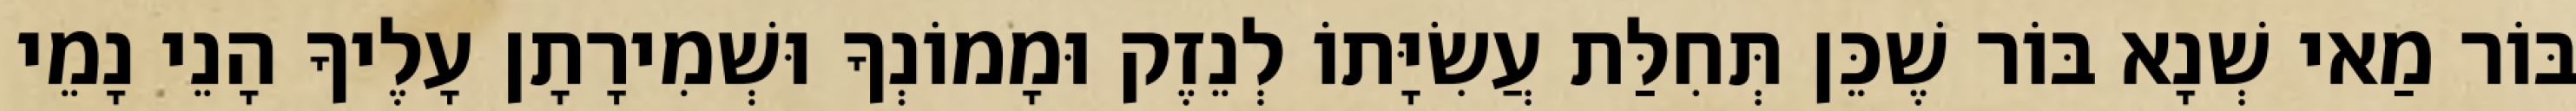
בּוֹר מַאי שְׁנָא בּוֹר שֶׁכֵּן תְּחִלַּת עֲשִׂיָּתוֹ לְנֵזֶק וּמָמוֹנְךָ וּשְׁמִירָתָן עָלֶיךָ הָנֵי נָמֵי